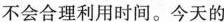
不会合理利用时间。今天的